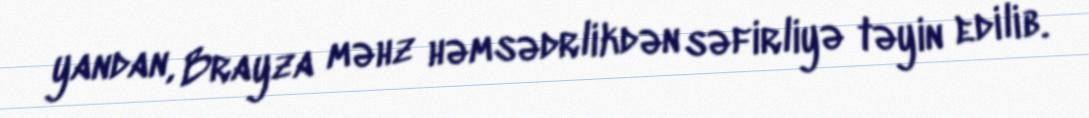
yandan, Brayza məhz həmsədrlikdən səfirliyə təyin edilib.